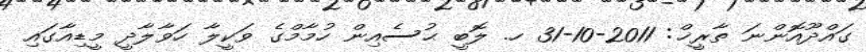
ގައްދޫއޮންނަ ތާރީޚް: 2011-10-31 ހ. ލޮބީ ޙުސެއިން ހުމާމްގެ ވަކީލާ ހަވާލާދީ މީޑިއާގައި